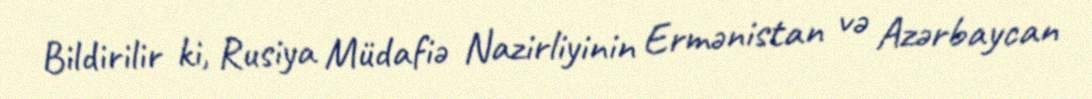
Bildirilir ki, Rusiya Müdafiə Nazirliyinin Ermənistan və Azərbaycan